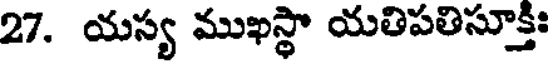
27. యస్య ముఖస్థా యతిపతిసూక్తః